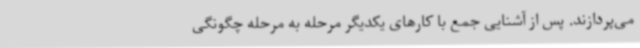
می‌پردازند. پس از آشنایی جمع با کارهای یکدیگر مرحله به مرحله چگونگی